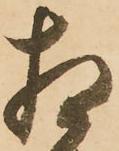
相